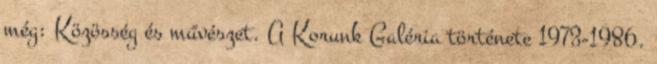
még: Közösség és művészet. A Korunk Galéria története 1973-1986.